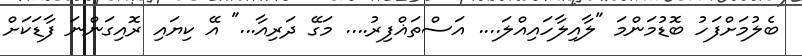
ބެލުމަށްފަހު ބޮޑުމަންމަ "ލާއިލާހައިއްލަ.... އަސްތަޣްފިރު.... މަގޭ ދަރިއާ..." އޭ ކިޔައި ރޮއިގަންނަ ފާޑަކަށް